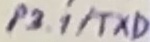
Text: P3.1/TXD